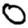
Digit: 0